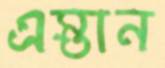
এস্তান